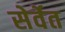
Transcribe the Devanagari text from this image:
सेर्वेत